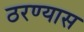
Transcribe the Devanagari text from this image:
ठरण्यास